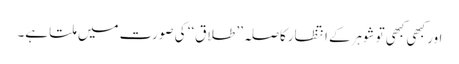
اور کبھی کبھی توشوہرکے انتظارکاصلہ’’ طلاق‘‘ کی صورت میں ملتا ہے۔